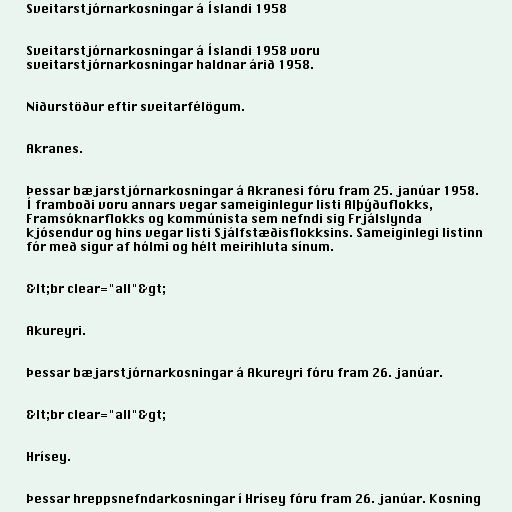
Sveitarstjórnarkosningar á Íslandi 1958

Sveitarstjórnarkosningar á Íslandi 1958 voru
sveitarstjórnarkosningar haldnar árið 1958.

Niðurstöður eftir sveitarfélögum.

Akranes.

Þessar bæjarstjórnarkosningar á Akranesi fóru fram 25. janúar 1958.
Í framboði voru annars vegar sameiginlegur listi Alþýðuflokks,
Framsóknarflokks og kommúnista sem nefndi sig Frjálslynda
kjósendur og hins vegar listi Sjálfstæðisflokksins. Sameiginlegi listinn
fór með sigur af hólmi og hélt meirihluta sínum.

&lt;br clear="all"&gt;

Akureyri.

Þessar bæjarstjórnarkosningar á Akureyri fóru fram 26. janúar.

&lt;br clear="all"&gt;

Hrísey.

Þessar hreppsnefndarkosningar í Hrísey fóru fram 26. janúar. Kosning